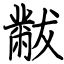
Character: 黻